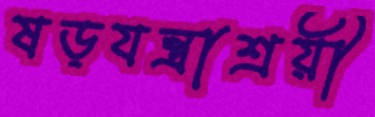
ষড়যন্ত্রাশ্রয়ী